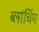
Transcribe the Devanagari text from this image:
ब्लांचिंग